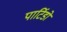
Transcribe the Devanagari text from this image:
पार्टिडो